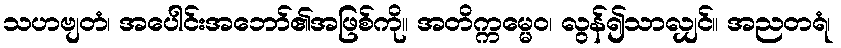
သဟဗျတံ၊ အပေါင်းအဘော်၏အဖြစ်ကို။ အတိက္ကမ္မေဝ၊ လွန်၍သာလျှင်။ အညတရံ၊